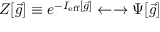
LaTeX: Z [ { \vec { g } } ] \equiv e ^ { - I _ { \mathrm { e f f } } [ { \vec { g } } ] } \leftarrow \rightarrow \Psi [ { \vec { g } } ]